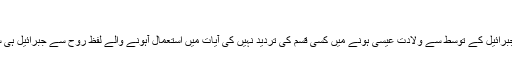
[27]
مفسرین نے جبرائیل کے توسط سے ولادت عیسی ہونے میں کسی قسم کی تردید نہیں کی آیات میں استعمال آہونے والے لفظ روح سے جبرائیل ہی سمجھتے ہیں۔